Plague in India, 1896, 1897 - Volume 3
Year: 1896
Disease focus: Plague
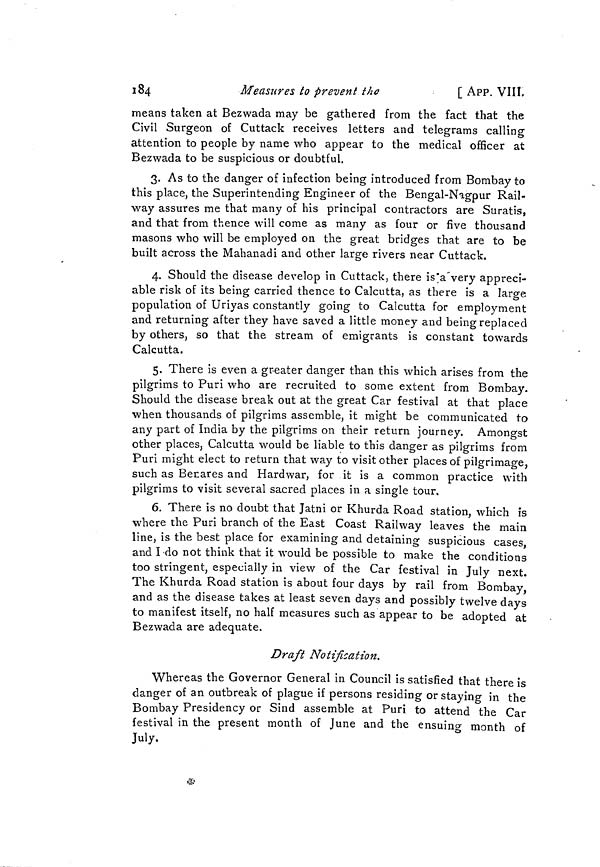
184
Measures to prevent
the
[ APP. VIII.
means taken at Bezwada may be gathered from the fact that the
Civil Surgeon of Cuttack receives letters and telegrams calling
attention to people by name who appear to the medical officer at
Bezwada to be suspicious or doubtful.
3. As to the danger of infection being introduced from Bombay to
this place, the Superintending Engineer of the Bengal-Nagpur Rail-
way assures me that many of his principal contractors are Suratis,
and that from thence will come as many as four or five thousand
masons who will be employed on the great bridges that are to be
built across the Mahanadi and other large rivers near Cuttack.
4. Should the disease develop in Cuttack, there is'a'very appreci-
able risk of its being carried thence to Calcutta, as there is a large
population of Uriyas constantly going to Calcutta for employment
and returning after they have saved a little money and being replaced
by others, so that the stream of emigrants is constant towards
Calcutta.
5. There is even a gr-eater danger than this which arises from the
pilgrims to Puri who are recruited to some extent from Bombay.
Should the disease break out at the great Car festival at that place
when thousands of pilgrims assemble, it might be communicated to
any part of India by the pilgrims on their return journey. Amongst
other places, Calcutta would be liable to this danger as pilgrims from
Puri might elect to return that way to visit other places of pilgrimage,
such as Benares and Hardwar, for it is a common practice with
pilgrims to visit several sacred places in a single tour.
6. There is no doubt that Jatni or Khurda Road station, which is
where the Puri branch of the East Coast Railway leaves the main
line, is the best place for examining and detaining suspicious cases,
and I-do not think that it would be possible to make the conditions
too stringent, especially in view of the Car festival in July next.
The Khurda Road station is about four days by rail from Bombay,
and as the disease takes at least seven days and possibly twelve days
to manifest itself, no half measures such as appear to be adopted at
Bezwada are adequate.
Draft Notification.
Whereas the Governor General in Council is satisfied that there is
danger of an outbreak of plague if persons residing or staying in the
Bombay Presidency or Sind assemble at Puri to attend the Car
festival in the present month of June and the ensuing month of
July.